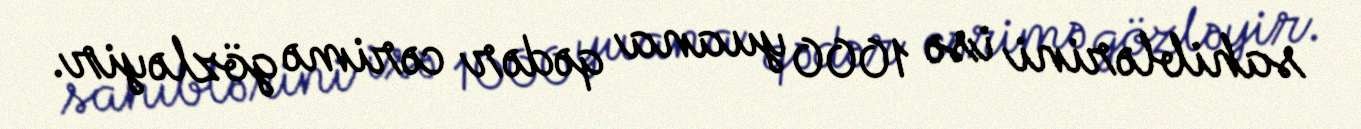
sahiblərini isə 1000 yuana qədər cərimə gözləyir.